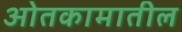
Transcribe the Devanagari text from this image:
ओतकामातील